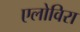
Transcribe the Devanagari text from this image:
एलोविरा